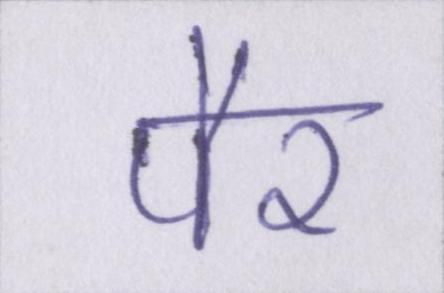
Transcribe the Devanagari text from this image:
पैर